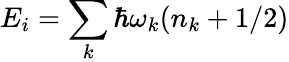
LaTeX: E_{i}=\sum_{k}\hbar\omega_{k}(n_{k}+1/2)